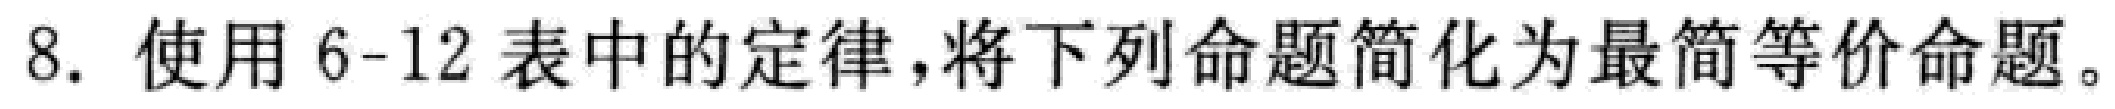
8. 使用6-12表中的定律，将下列命题简化为最简等价命题。